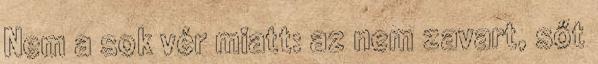
Nem a sok vér miatt: az nem zavart, sőt